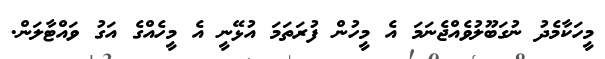
މީހަކާމެދު ނުގަބޫލުވެއްޖެނަމަ އެ މީހުން ފުރަތަމަ އުޅޭނީ އެ މީހެއްގެ އަގު ވައްޓާލަންް.